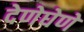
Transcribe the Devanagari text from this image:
देणेघेणे